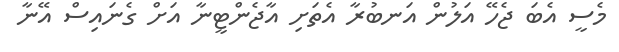
މެސީ އެބަ ޖެހޭ އަލުން އަނބުރާ އެތަށި އާޖެންޓީނާ އަށް ގެނައިސް އޭނާ